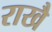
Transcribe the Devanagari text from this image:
राखै